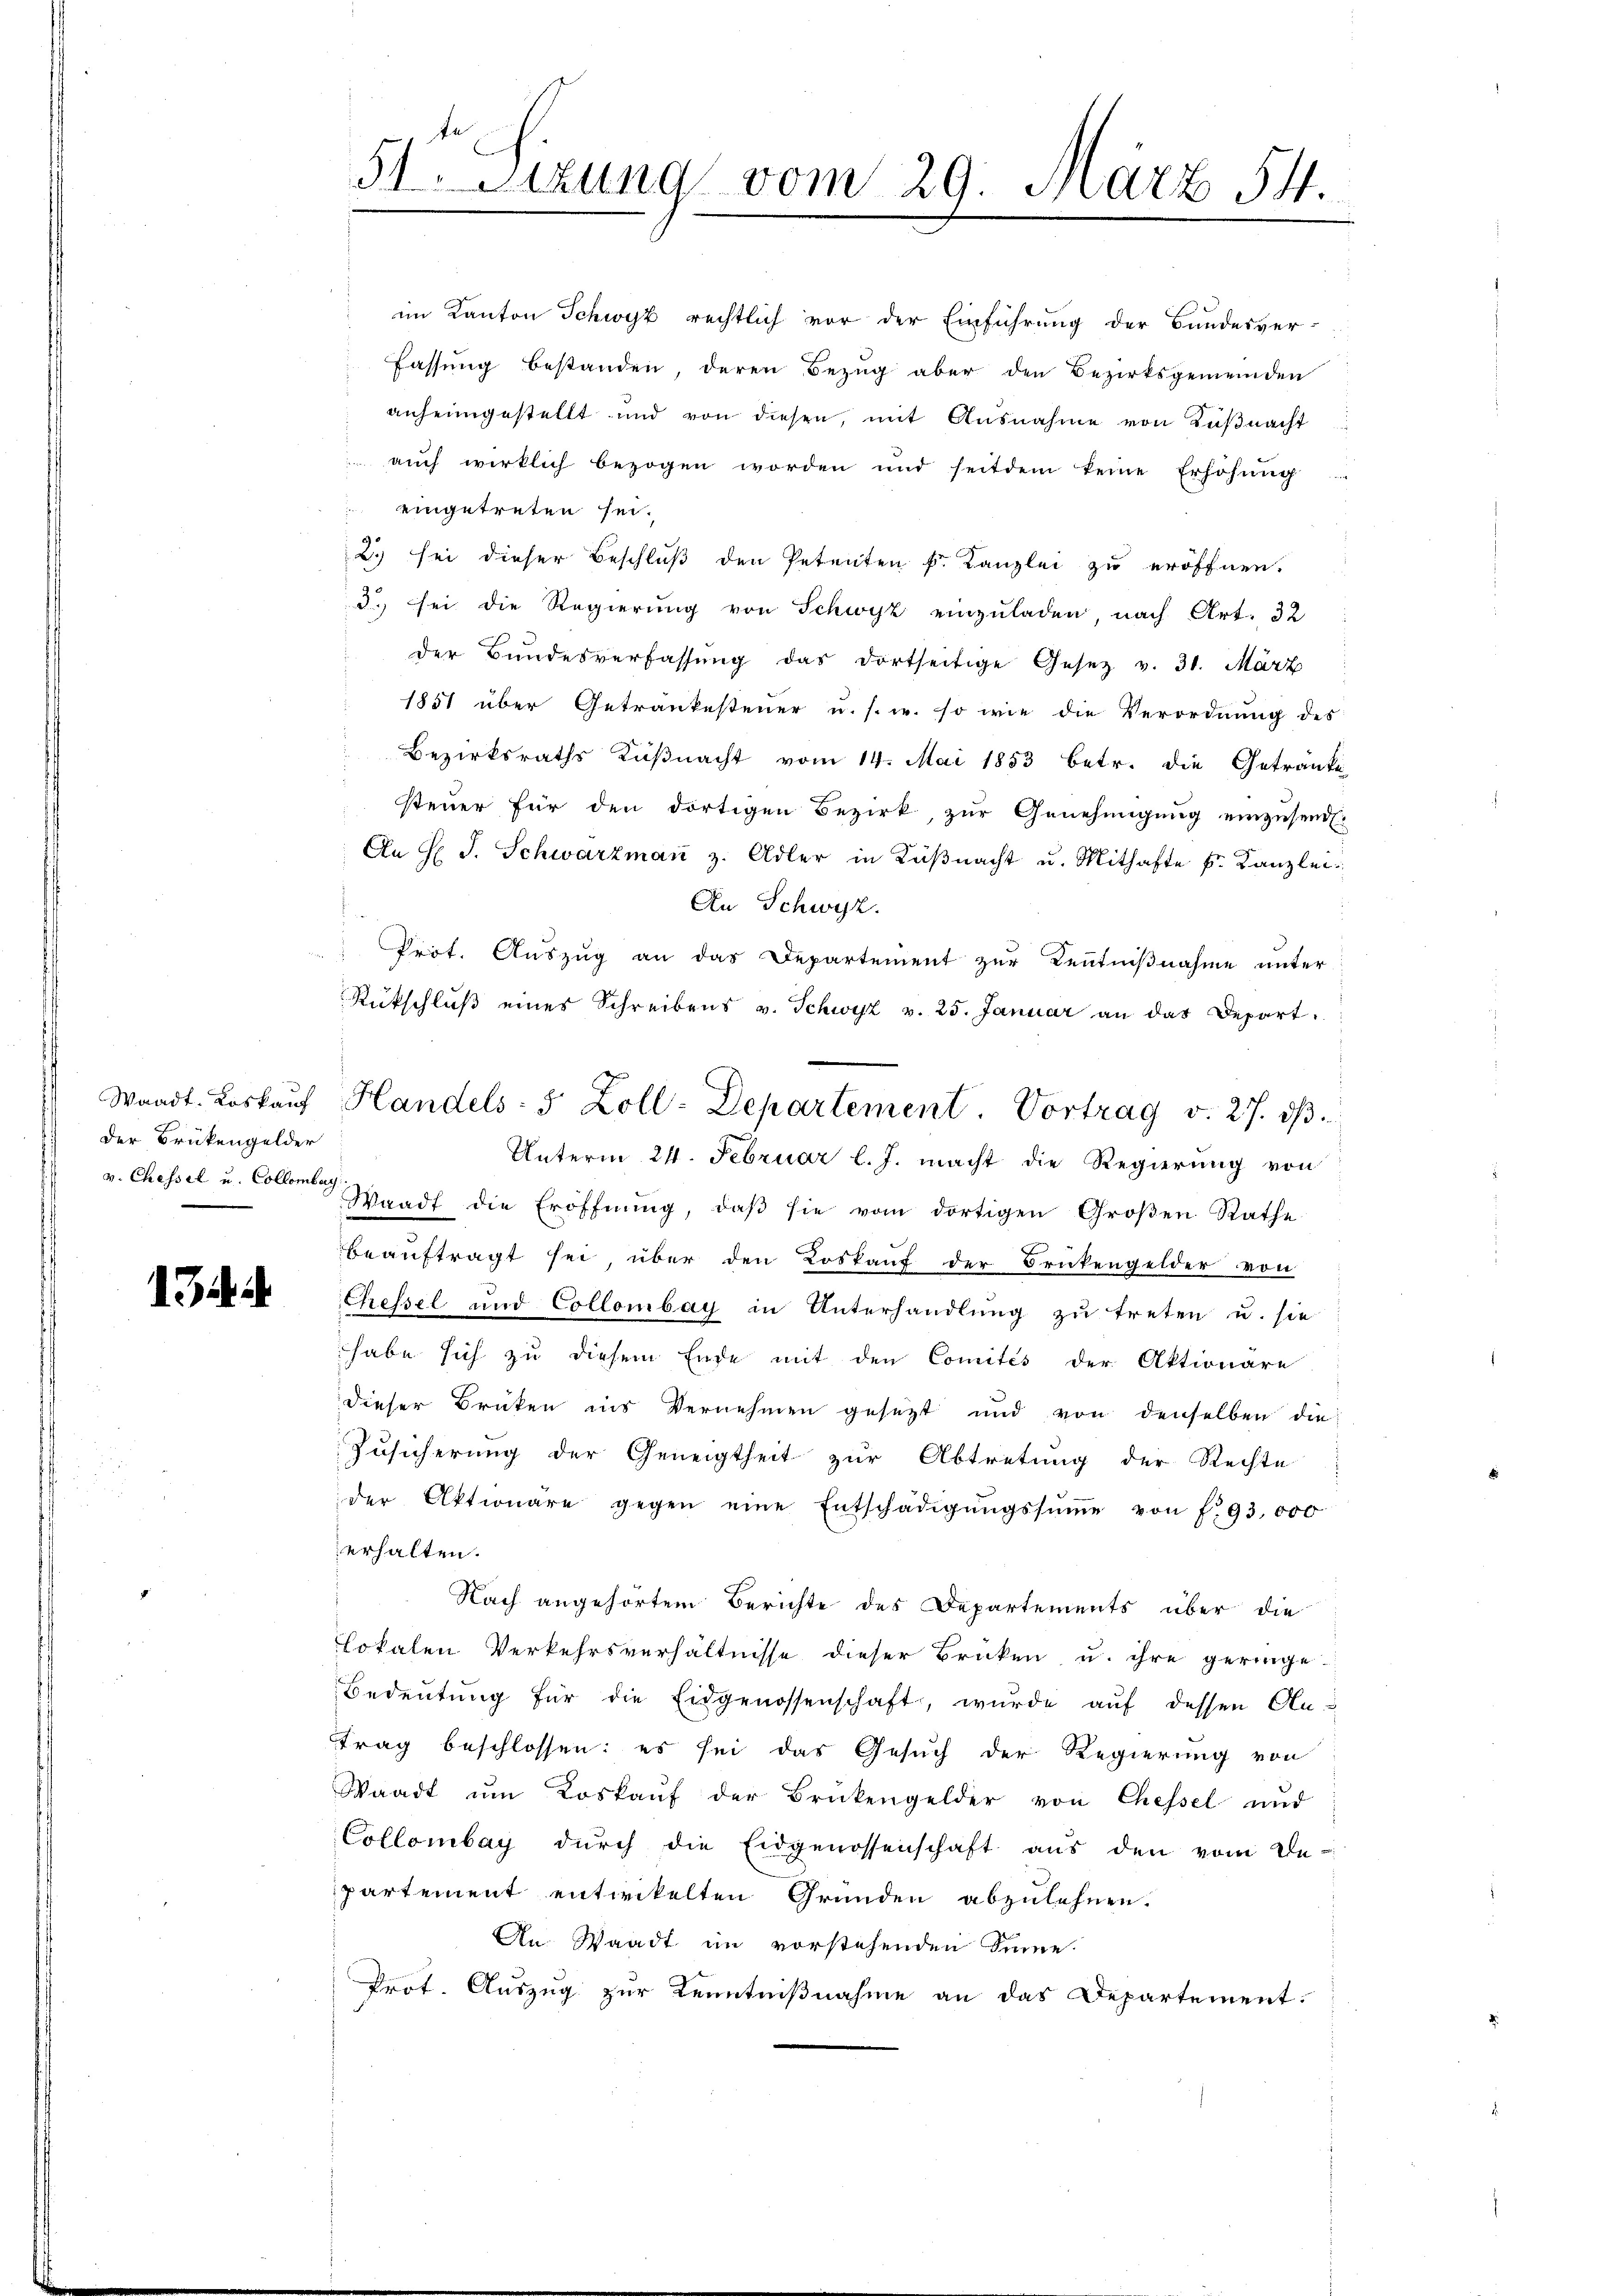
der Brükengelder
v. Chessel u. Collombar

134 d

im Kanton Schwyz rechtlich vor der Einführung der Bundesver-
Fassung bestanden, deren Bezug aber den Bezirksgemeinden
anheimgestellt und von diesen, mit Ausnahme von Küßnacht
auch wirklich bezogen worden und seitdem keine Erhöhung
r
eingetreten sei.
2. sei dieser Beschluß den Petenten k. Kanzlei zu eröffnen.
d. sei die Regierung von Schwyz einzuladen, nach Art. 32
der Bundesverfassung das dortseitige Gesetz v. 31. März
1857 über Getrankesteuer u. s. w. so wie die Verordnung des
Bezirksraths Küßnacht vom 14. Mai 1853 betr. die Getränke
steuer für den dortigen Bezirk, zur Genehmigung einzusend.
An H. J. Schwarzmaṅ z. Adler in Küβnacht u. Mithafte f. Kanzlei-
An Schwyz.
Prot. Aŭszŭg an das Departement zŭr Keṅtniβnahme ŭnter
Rückschlŭβ eines Schreibens v. Schwyz v. 25. Januar an das Depart.
Unterm 24. Februar l. J. macht die Regierung von
Waadt die Eröffnŭng, daβ sie vom dortigen Groβen Rathe
beauftragt sei, über den Loskauf der Brükengelder von
Chessel und Collombay in Unterhandlung zu treten u. sie
habe sich zu diesem Ende mit den Comités der Aktionare
dieser Brüken ins Vernehmen gesezt und von denselben die
Zusicherung der Geneigtheit zur Abtretung der Rechte
der Aktionäre gegen eine Entschädigŭngssŭṁe von f. 93,000
erhalten.
Nach angehörtem Berichte des Departements über die
Lokalen Verkehrsverhältnisse dieser Brüken, u. ihre geringe¬
Bedeutung für die Eidgenossenschaft, wurde aŭf dessen An-
trag beschlossen: es sei das Gesuch der Regierung von
Waadt ŭm Loskaŭf der Brükengelder von Chessel und
Collombay dŭrch die Eidgenossenschaft aus den vom De-
partement entwickelten Gründen abzulehnen.
An Waadt im vorstehenden Sinne.
Prot. Auszug zur Kenntnißnahme an das Departement.

51. Setzung vom 29. März 14.

Waadt. Loskauf Handels- 5 Zoll-Departement. Vortrag v. 27. ds.